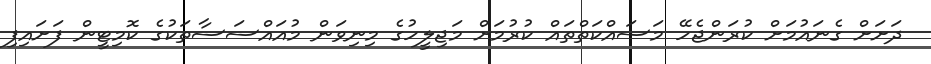
ދަށަށް ގެނައުމަށް ކުރަންޖެހޭ މަސައްކަތްތައް ކުރުމަށް މަޖިލީހުގެ މިނިވަން މުއައްސަސާތަކުގެ ކޮމިޓީން ފަށައިފި